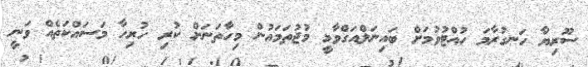
ސޫރިޔާ ހަނގުރާމަ ހުއްޓުވުމަށް ބައިނަލްއަގްވާމީ މުޖުތަމައުން މިހާތަނަށް ކުރި ހުރިހާ މަސައްކަތެއް ވަނީ